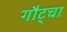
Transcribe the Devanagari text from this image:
गौट्चा